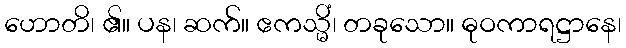
ဟောတိ၊ ၏။ ပန၊ ဆက်။ ဧကသ္မိံ၊ တခုသော။ ဓုဝကာရဋ္ဌာနေ၊